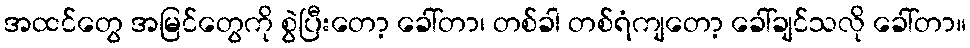
အထင်တွေ အမြင်တွေကို စွဲပြီးတော့ ခေါ်တာ၊ တစ်ခါ တစ်ရံကျတော့ ခေါ်ချင်သလို ခေါ်တာ။